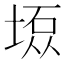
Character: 𫮇